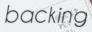
backing